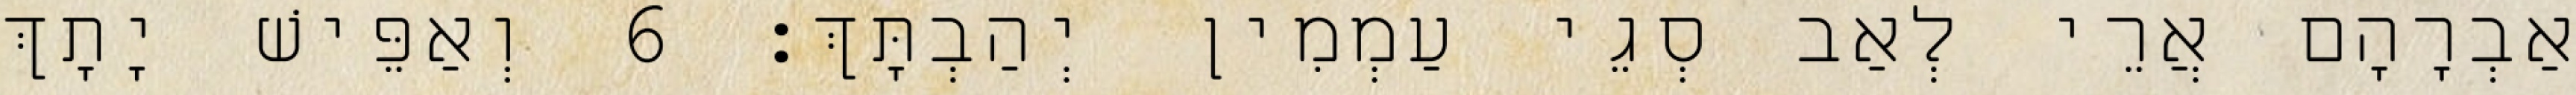
אַבְרָהָם אֲרֵי לְאַב סְגֵי עַמְמִין יְהַבְתָּךְ׃ 6 וְאַפֵּישׁ יָתָךְ